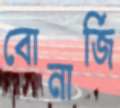
বোনার্জি